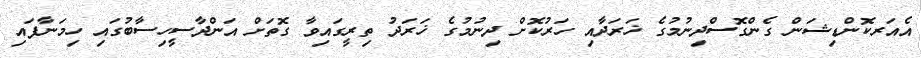
އެއަރކޮންޑިޝަން ގެންގޮސްދިނުމުގެ ޚަރަދާއި ހަރުކޮށް ދިނުމުގެ ޚަރަދު ތިރީގައިވާ ގޮތަށް އަންދާސީހިސާބުގައި ހިމަނާފައި